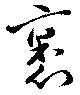
裹